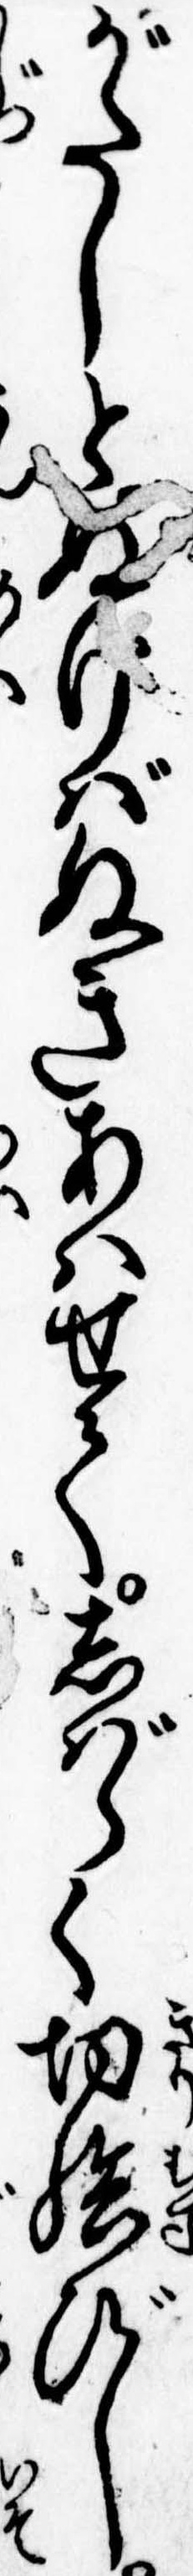
がたしとぬけばぬきあはせてしばらく切結びし